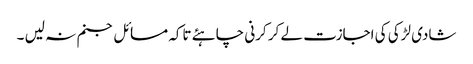
شادی لڑکی کی اجازت لے کر کرنی چاہئے تاکہ مسائل جنم نہ لیں ۔